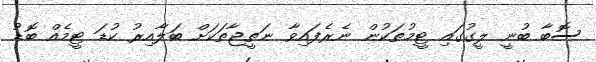
ސޮބާ ބުނީ ލީގުގައި ޓީމުތަކުން ނެރެފައިވާ ނަތީޖާތަކަށް ބަލާއިރު ކުޑަ ޓީމެއް ބޮޑު